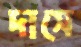
দাসে